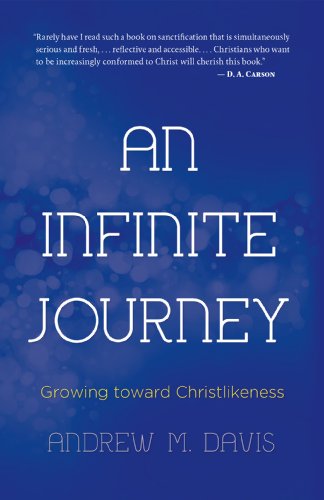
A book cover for An Infinite Journey: Growing toward Christlikeness; Dr. Andrew M. Davis; Christian Books & Bibles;